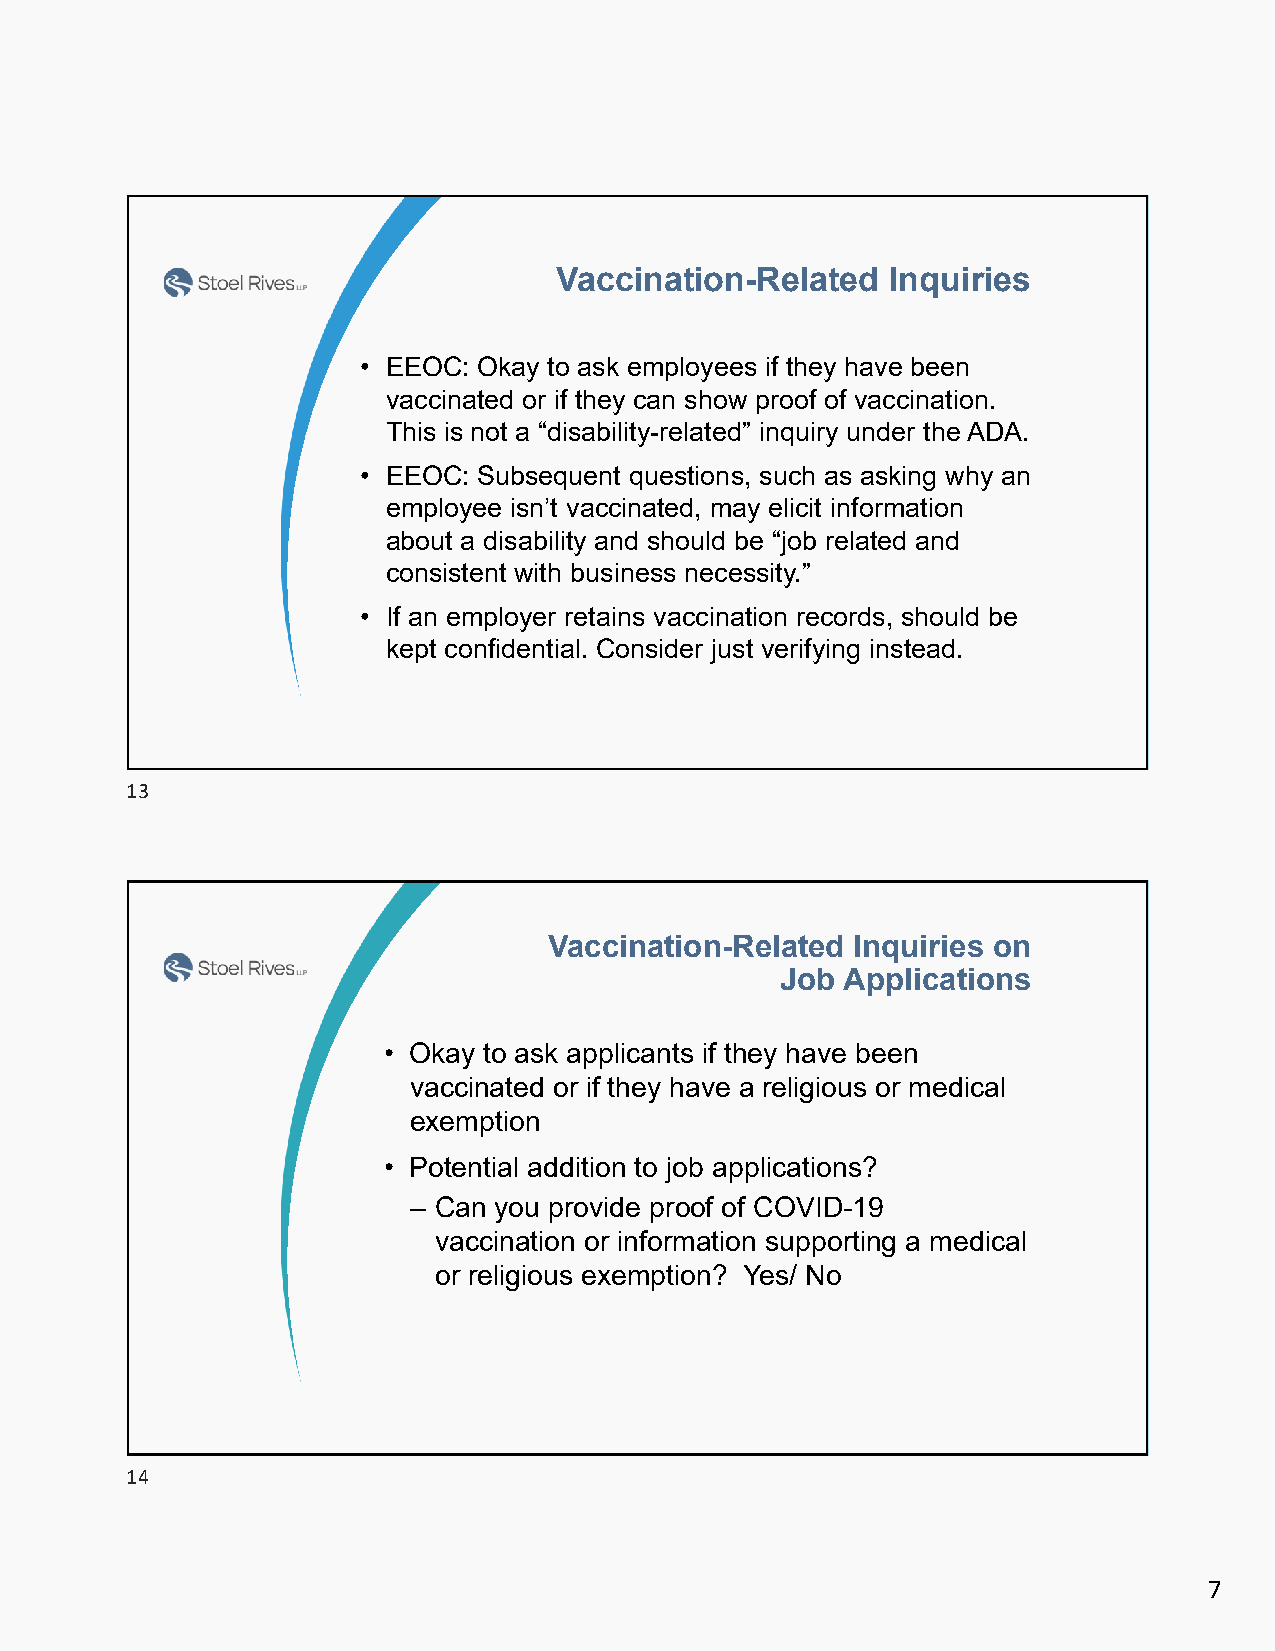
Vaccination-Related   Inquiries
 • EEOC: Okay to ask employees if they have been
 vaccinated or if they can show proof of vaccination.
 This is not a “disability-related” inquiry under the ADA.
 • EEOC: Subsequent questions, such as asking why an
 z
 employee isn’t vaccinated, may elicit information
 about a disability and should be “job related and
 consistent with business necessity.”
 • If an employer retains vaccination records, should be
 kept confidential. Consider just verifying instead.
 13
 Vaccination-Related  Inquiries on
 Job Applications
 • Okay to ask applicants if they have been
 vaccinated or if they have a religious or medical
 exemption
 • Potential addition to job applications?
 z
 – Can you provide proof of COVID-19
 vaccination or information supporting a medical
 or religious exemption? Yes/ No
 14
 7